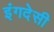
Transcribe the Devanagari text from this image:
इंगदेसी